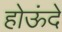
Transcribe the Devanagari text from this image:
होऊंदे